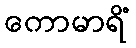
ကောမာရိံ